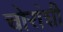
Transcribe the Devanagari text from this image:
चोरांशी